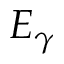
E _ { \gamma }